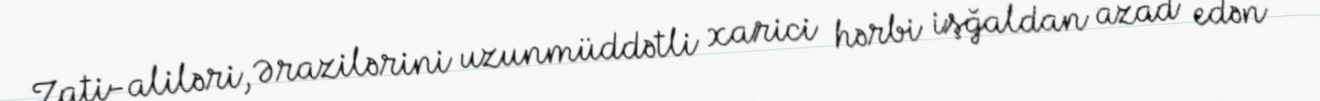
Zati-aliləri, Ərazilərini uzunmüddətli xarici hərbi işğaldan azad edən